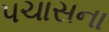
પચાસના